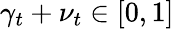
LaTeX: \gamma_{t}+\nu_{t}\in[0,1]